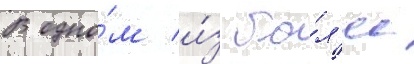
В одно́м и́з бо́л'ее